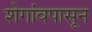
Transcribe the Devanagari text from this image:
शेगांवपासून